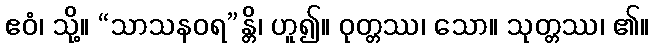
ဧဝံ၊ သို့။ “သာသနဝရ”န္တိ၊ ဟူ၍။ ဝုတ္တဿ၊ သော။ သုတ္တဿ၊ ၏။